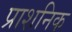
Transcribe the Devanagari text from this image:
प्राशनिक